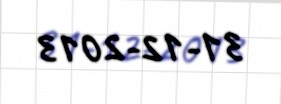
31-12-2013